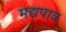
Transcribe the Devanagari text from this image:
मद्यपात्र